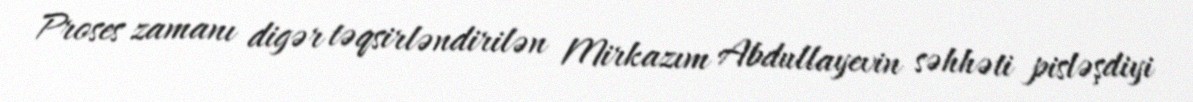
Proses zamanı digər təqsirləndirilən Mirkazım Abdullayevin səhhəti pisləşdiyi